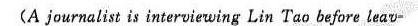
(A journalist is interviewing Lin Tao before leav -